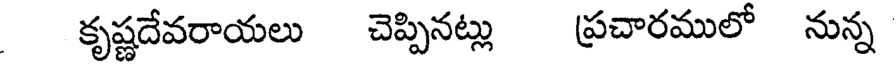
కృష్ణదేవరాయలు చెప్పినట్లు ప్రచారములో నున్న